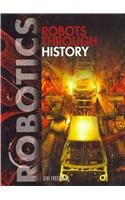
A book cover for Robotics; Jeri Freedman; Children's Books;